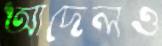
আদেলও